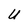
Character: U